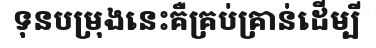
ទុនបម្រុងនេះគឺគ្រប់គ្រាន់ដើម្បី